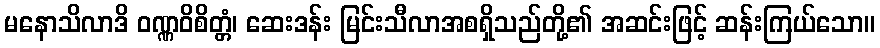
မနောသိလာဒိ ဝဏ္ဏဝိစိတ္တံ၊ ဆေးဒန်း မြင်းသီလာအစရှိသည်တို့၏ အဆင်းဖြင့် ဆန်းကြယ်သော။